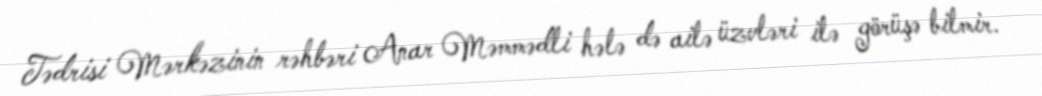
Tədrisi Mərkəzinin rəhbəri Anar Məmmədli hələ də ailə üzvləri ilə görüşə bilmir.